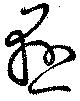
懸